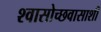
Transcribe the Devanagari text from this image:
श्वासोच्छवासाशी